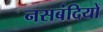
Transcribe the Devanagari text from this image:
नसबंदियों